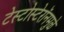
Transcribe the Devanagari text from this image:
टेस्टोस्टेरॉनमुळे